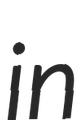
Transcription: in